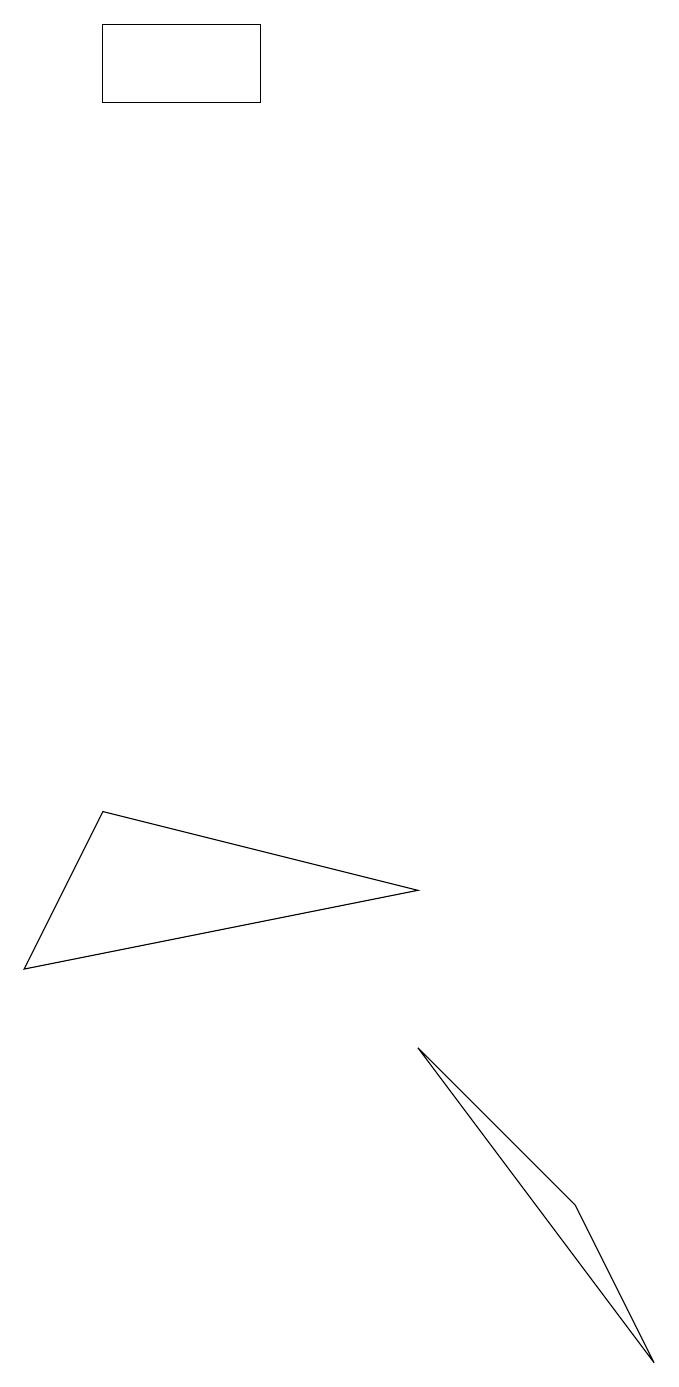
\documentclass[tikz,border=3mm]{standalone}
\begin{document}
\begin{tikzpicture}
\draw (2,17) rectangle (4,16);
\draw (1,5) -- (2,7) -- (6,6) -- cycle;
\draw (6,4) -- (8,2) -- (9,0) -- cycle;
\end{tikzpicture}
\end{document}